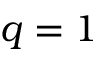
q = 1